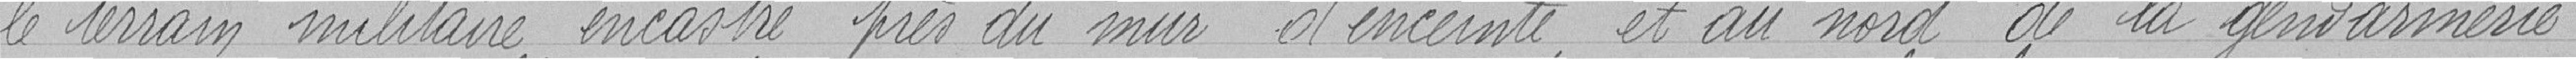
le terrain militaire encastré près du mur d'enceinte et au nord de la gendarmerie,